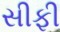
સીફી